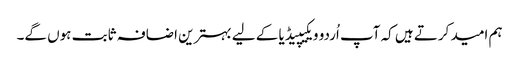
ہم امید کرتے ہیں کہ آپ اُردو ویکیپیڈیا کے لیے بہترین اضافہ ثابت ہوں گے۔